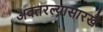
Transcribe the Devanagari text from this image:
अवतरल्यासारखे